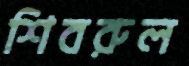
শিবরুল